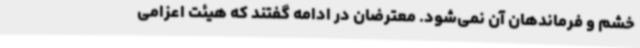
خشم و فرماندهان آن نمی‌شود. معترضان در ادامه گفتند که هیئت اعزامی